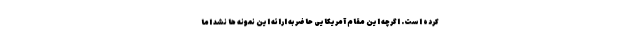
کرده است. اگرچه این مقام آمریکایی حاضر به ارائه این نمونه ها نشد اما